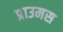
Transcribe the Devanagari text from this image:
प्राउमस